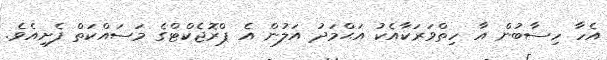
އެހާ ހިސާބުން އާ ހިތްވަރަކާއެކު އަޙްމަދު އަލުން އެ ޕްރޮޖެކްޓްގެ މަސައްކަތް ފެށިއެވެ.